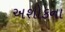
અશોકના